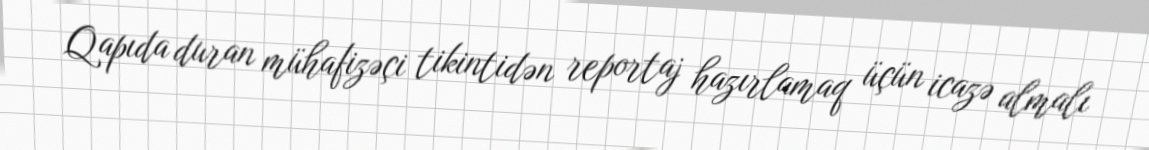
Qapıda duran mühafizəçi tikintidən reportaj hazırlamaq üçün icazə almalı